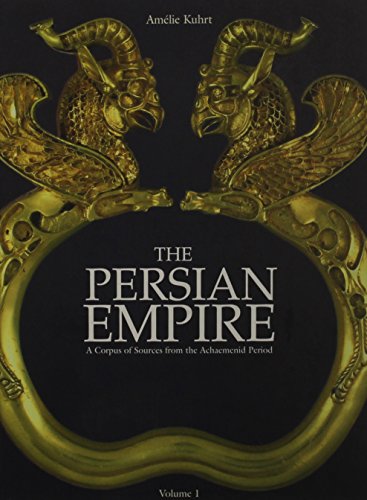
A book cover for The Persian Empire: A Corpus of Sources of the Achaemenid Period; A. Kuhrt; History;